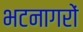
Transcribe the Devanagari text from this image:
भटनागरों